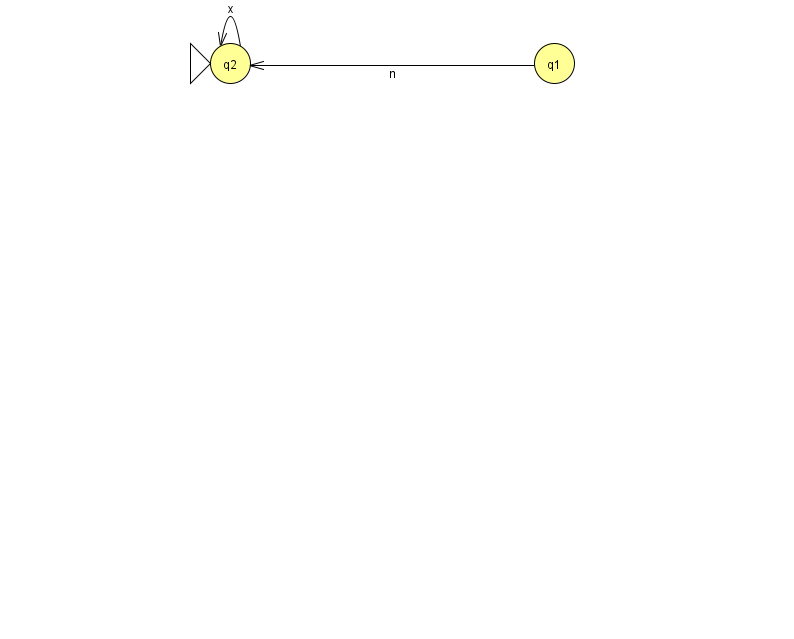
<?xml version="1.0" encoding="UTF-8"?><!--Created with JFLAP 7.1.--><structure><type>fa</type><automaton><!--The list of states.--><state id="1" name="q1"><x>554.0</x><y>50.0</y></state><state id="2" name="q2"><x>230.0</x><y>50.0</y><initial/></state><!--The list of transitions.--><transition><from>2</from><to>2</to><read>x</read></transition><transition><from>1</from><to>2</to><read>n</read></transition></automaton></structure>